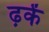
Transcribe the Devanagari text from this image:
ढ़कें